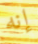
إنه